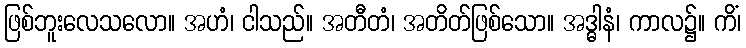
ဖြစ်ဘူးလေသလော။ အဟံ၊ ငါသည်။ အတီတံ၊ အတိတ်ဖြစ်သော။ အဒ္ဓါနံ၊ ကာလ၌။ ကိံ၊